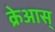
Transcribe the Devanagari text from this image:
क्रेआस्